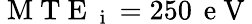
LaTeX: \mathrm{~M~T~E~}_{\mathrm{~i~}}=250\, \mathrm{~e~V~}